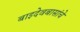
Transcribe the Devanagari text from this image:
बाइदेवबासांचे